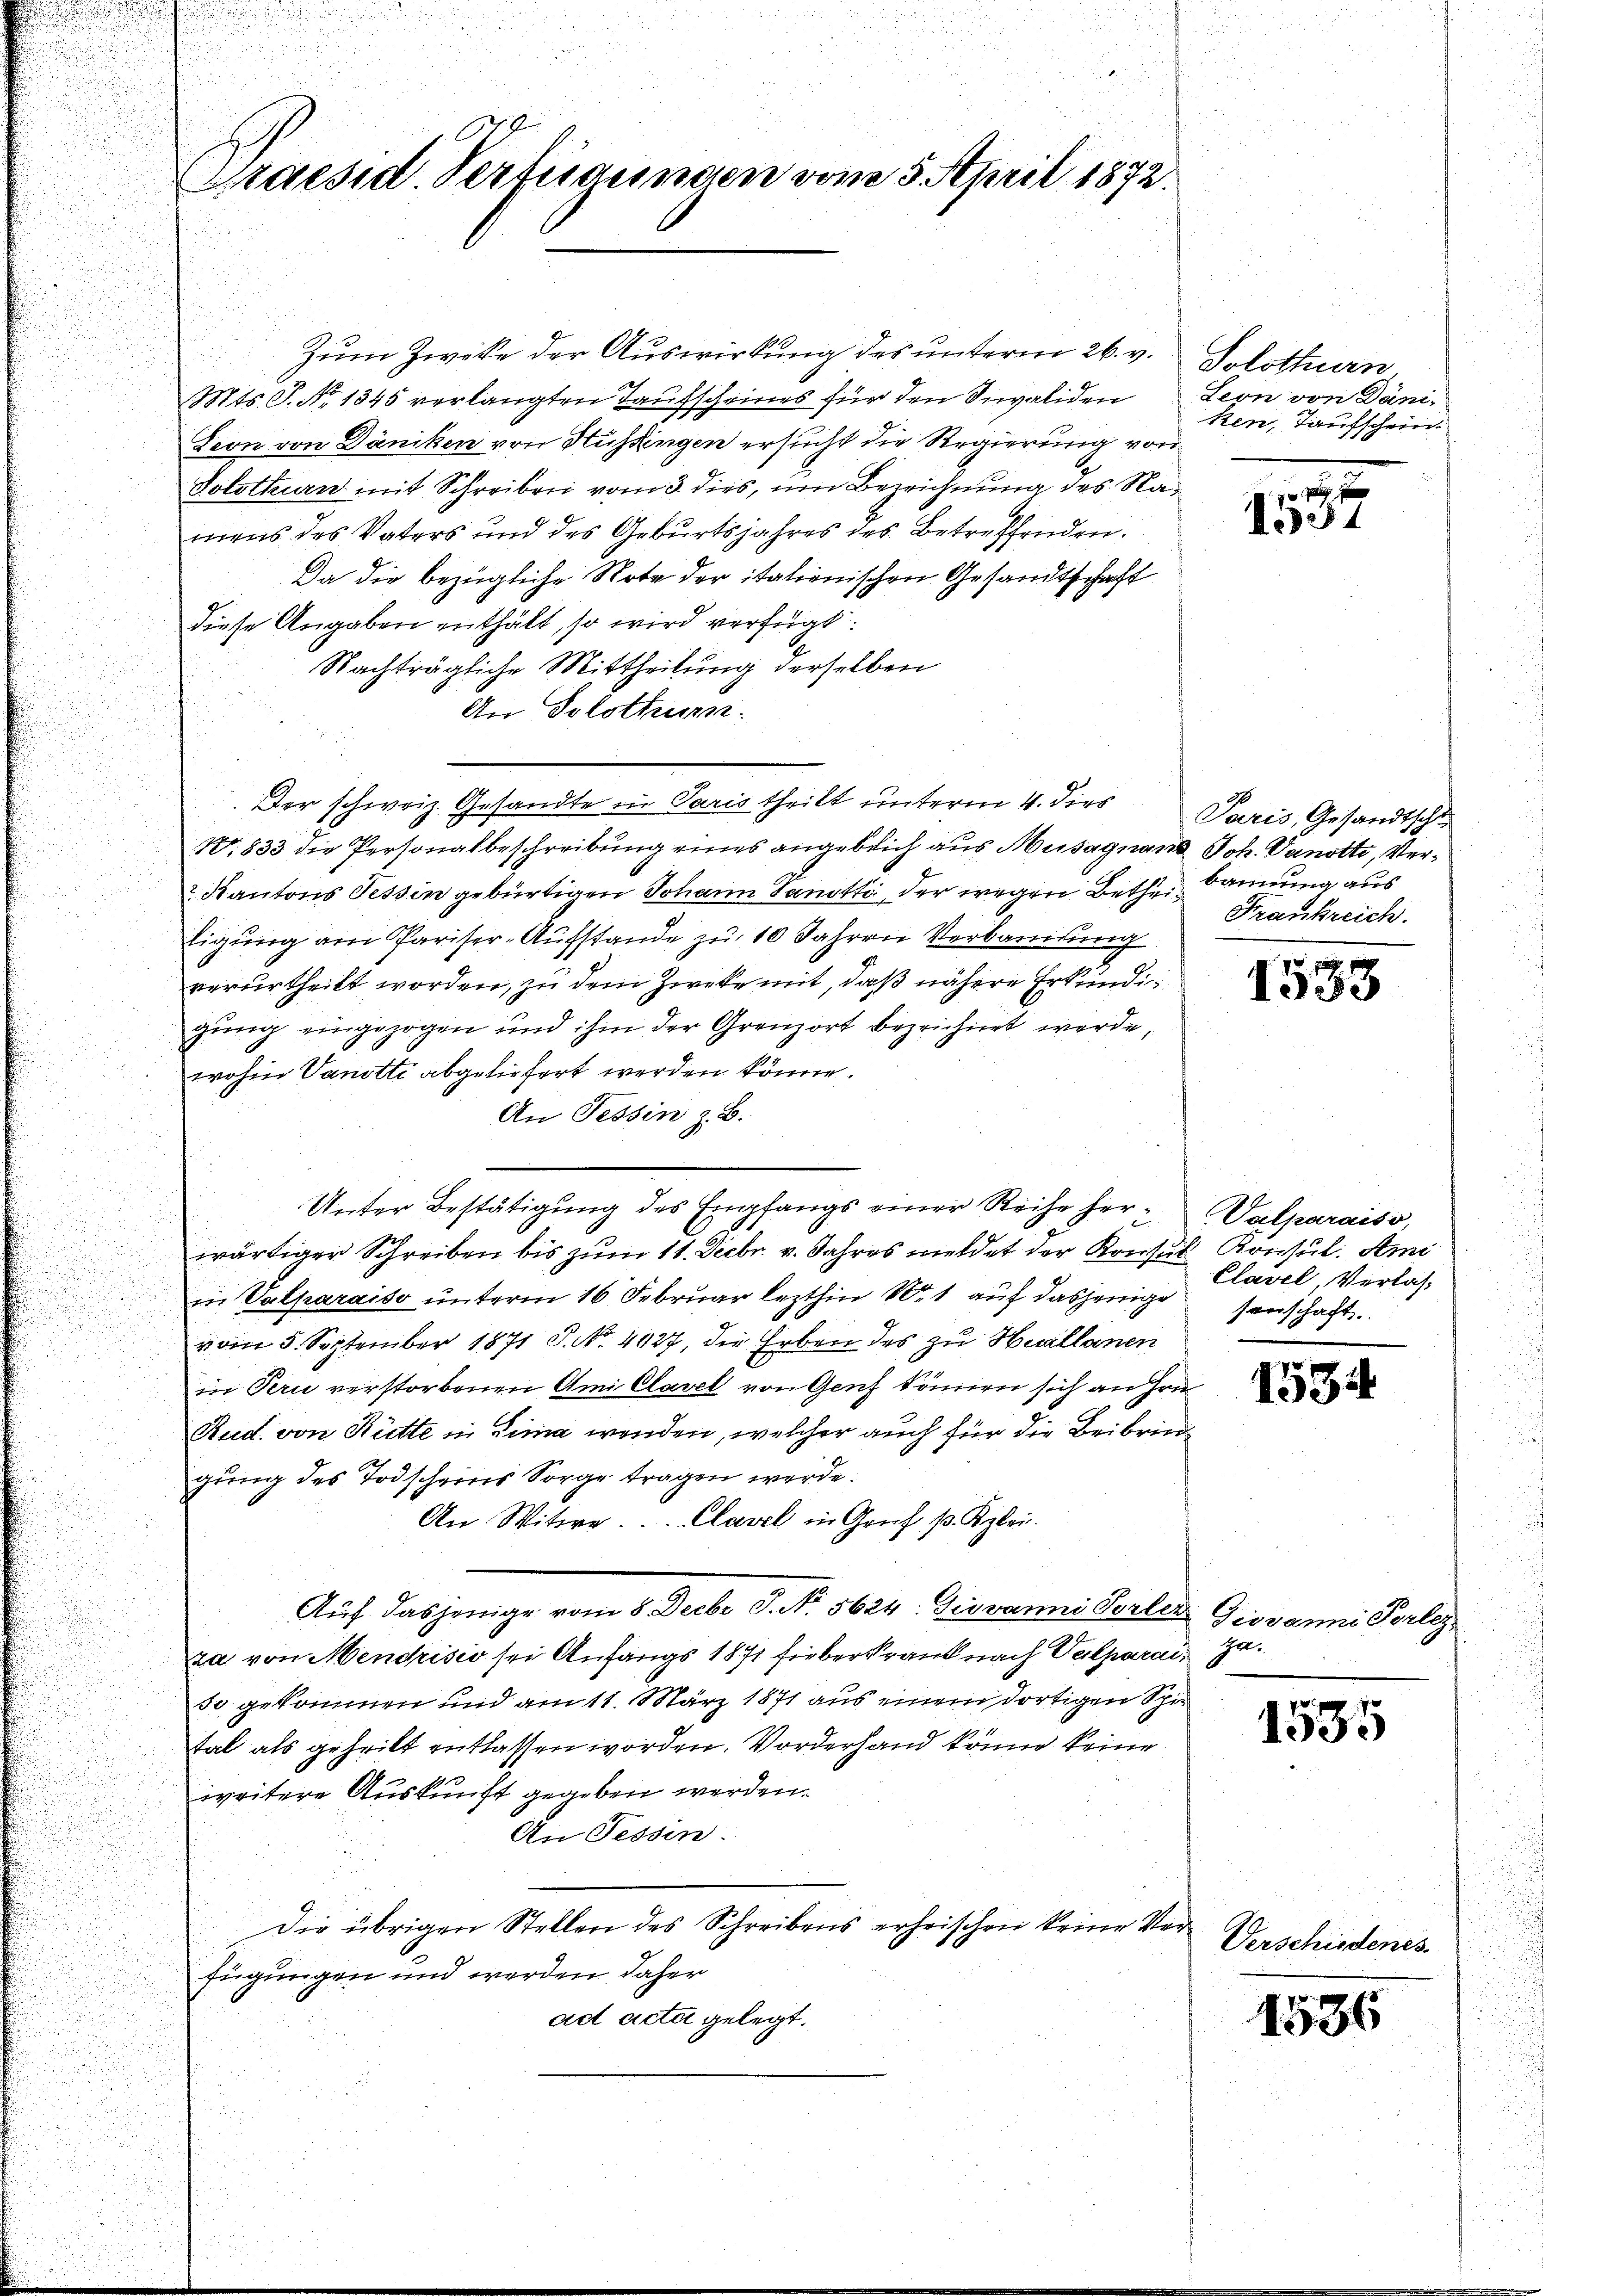
Zum Zwecke der Auswirkung des unterm 26. v. Solothurn,
Mts. S. Nr. 1845 verlangten Taufscheines für den Saliden Leon von Däni¬
Leon von Däniken von Hüssingen ersucht die Regierung von
Solothurn mit Schreiben vom 3. dies, um Bezeichnung des Namens des Vaters und des Geburtsjahres des Betreffenden.
Da die bezügliche Note der italienischen Gesandtschaft
Diese Angaben enthält, so wird verfügt:
Nachträgliche Mittheilung derselben
An Solothurn.
Der schweiz. Gesandte in Paris theilt unterm 4. dies
No. 833 die Personalbeschreibung eines angeblich aus Musagnant Joh. Vanotti, Verd
2 Kantons Tessin gebürtigen Johann Panstti, der wegen Bethe kennung aus
Eigung am Pariser-Aufstande zu 10 Jahren Verkamlung
verurtheilt worden, zu dem Zwecke mit, daß nähere Erkundigung eingezogen und ihm der Grenzort bezeichnet werde,
wohin Vanotti abgeliefert werden könne.
An Tessin z. B.
Unter Bestätigung des Empfangs einer Reihe herwärtiger Schreiben bis zum 11. Decbr. v. Jahres meldet der Konsul Konsul. Ami
in Valparaiso unterm 16. Februar lezthin Nr. 1 auf dasjenige senschaft

vom 5. September 1871 P. Nr. 4027, die Erben des zu Hillanen
in Peri verstorbenen Ami Clavel von Genf können sich an Hrn
Rud. von Rütte in Lina werden, welcher auch für die Beibringung des Todscheins Sorge tragen werde.
An Witwe. Clavel in Grŭf p. Kzlei.
Auf dasjenige vom 8. Decbr J. No. 5624: Giovanni Torters Giovanni Perlez
za von Mendrisio sei Anfangs 1871 Fieberkrank nach Verparaiso gekommen und am 11. März 1871 aus einem dortigen Spie
tal als geheilt entlassen worden. Vorderhand könne keine
weitere Auskunft gegeben werden.
An Fessen.
Die übrigen Stellen des Schreibens erheischen keine Verfügungen und werden daher
ad acta gelegt.

Praesid. Verfügungen vom 5. April 1872.

ken, Taufschein

n
134

Paris, Gesandtsche
Frankreich.

1533

Valparaiss,
Clavel, Verlas¬

153.

Ja.

1535

Verschiedenes.

1586